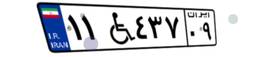
۱۱W۴۳۷۰۹